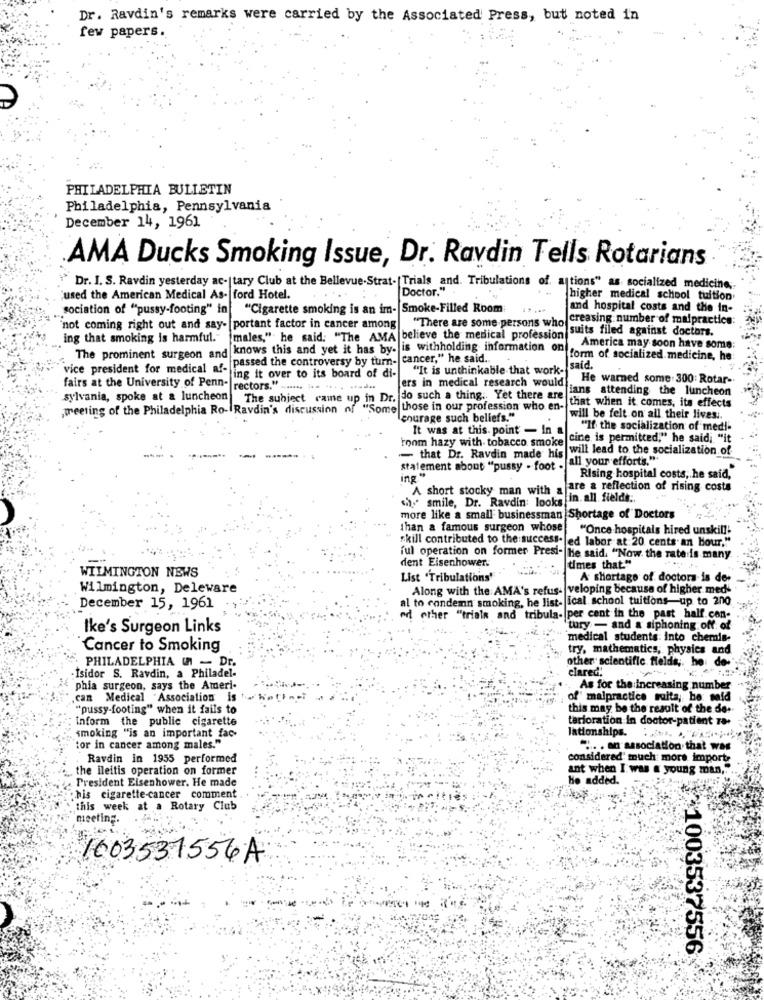
Dr. Ravdin's remarks were carried by the Associated Press, but noted in
few papers.
PHILADELPHIA BULLETIN
Philadelphia, Pennsylvania
December 14, 1961
.AMA Ducks Smoking Issue, Dr. Ravdin Tells Rotarians
Dr. I. S. Ravdin yesterday ac-[tary Club at the Bellevue-Strat- [Trials and. Tribulations of. ations" as socialized medicine,
Doctor."
used the American Medical As- ford Hotel.
higher medical school tuition
sociation of "pussy-footing" in
"Cigarette smoking is an im- Smoke-Filled Room
and hospital costs and the in-
creasing number of malpractice:
`not coming right out and say- [portant factor in cancer among
"There are some persons who
suits filed against doctors.
ing that smoking is harmful."
males," he said: "The AMA believe the medical profession
The prominent surgeon and knows this and yet it has by. is withholding information on
America may soon have some:
passed the controversy by turn-|cancer," he said ..
form of socialized medicine, he
vice president for medical af-
"It is unthinkable that work-
said.
ing it over to its board of di-
ers in medical research would
He warned some: 300: Rotar-
fairs at the University of Penn- rectors." ...... ... .... .....
fians attending the luncheon
sylvania, spoke at & luncheon The subject came up in Dr. do such a thing .. Yet there are
that when it comes, its effects
meeting of the Philadelphia Ro- Ravdin's discussion of "Some those in our profession who en-
lenurage such beliefs."
will be felt on all their lives ..
It was at this. point - In a
"If the socialization of medi-
room hazy with tobacco smoke
cine is permitted," he said; "it
- that Dr. Ravdin made his will lead to the socialization of
statement about "pussy - foot . all your efforts,"
ing "
Rising hospital costs, he said,
A short stocky man with a
Jare a reflection of rising costs
sh. smile, Dr. Ravdin: looks in.
in. all fields:
more like a small businessman Shortage of Doctors
than a famous surgeon whose
"Once hospitals hired unskil !!
skill contributed to the success- [ed labor at 20 cents an Hour,""
dent Eisenhower.
ful operation on former Presi- He said, "Now the rate is many
WILMINGTON NEWS
times that."
List 'Tribulations'
A shortage of doctors is der
Wilmington, Deleware
Along with the AMA's refus- veloping because of higher meds
al to condemn smoking, he list- ical school tuitions-up to 200
December 15, 1961
not other "trials and tribula- per cent in the past half.con-
Ike's Surgeon Links
tury - and a siphoning off of
medical students: into chemis-
Cancer to Smoking
try, mathematics, physics and
PHILADELPHIA U - Dr.
other scientific fields ,. he de
clared.
Isidor S. Ravdin, a Philadel-
phia surgeon, says the Ameri-
As for the increasing number
can Medical Association is
of' malpractice muita, he said
"pussy-footing" when it fails to
this may be the result of the de-
inform the public cigarette
tarloration In doctor-patient To.
lationships.
smoking "is an important fac-
tor in cancer among males."
" .. . an association that was
Ravdin in 1955 performed
considered' much more import
. the ileitis operation on former
ant when I was & young man,"".
President Eisenhower. He made
he added.
bis cigarette-cancer comment
this week at a Rotary Club
meeting.
1003537556A
** 1003537556